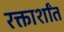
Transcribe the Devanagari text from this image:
रक्तार्शांत